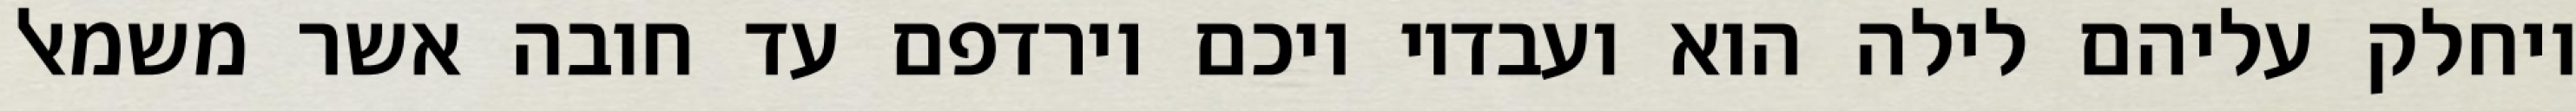
ויחלק עליהם לילה הוא ועבדיו ויכם וירדפם עד חובה אשר משמאל